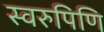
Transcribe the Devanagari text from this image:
स्वरुपिणि